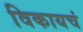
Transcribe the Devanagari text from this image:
विकायचं